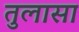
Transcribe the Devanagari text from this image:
तुलासा